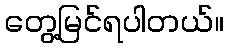
တွေ့မြင်ရပါတယ်။